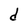
Character: d